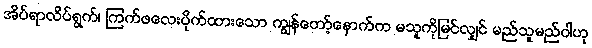
အိပ်ရာလိပ်ရွက်၊ ကြက်ဖလေးပိုက်ထားသော ကျွန်တော့်နောက်က မသူကိုမြင်လျှင် မည်သူမည်ဝါဟု